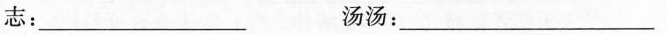
志：___ 汤汤：___